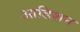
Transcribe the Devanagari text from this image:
आडिशन